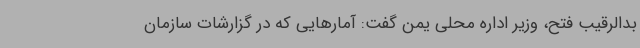
بدالرقیب فتح، وزیر اداره محلی یمن گفت: آمارهایی که در گزارشات سازمان